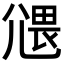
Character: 𡰂